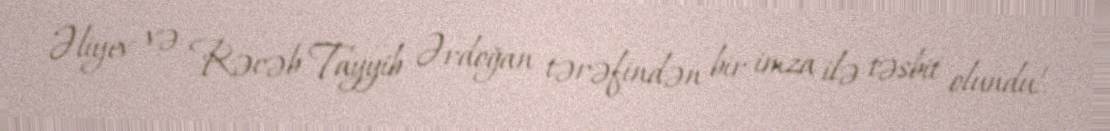
Əliyev və Rəcəb Tayyib Ərdoğan tərəfindən bir imza ilə təsbit olundu!.